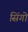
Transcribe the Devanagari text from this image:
सिंगो